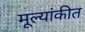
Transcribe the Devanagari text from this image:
मूल्यांकीत